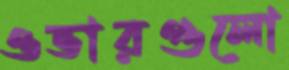
ওভারগুলো